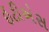
ઇટીએસ